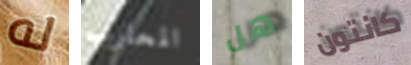
له المحارب هل كانتون